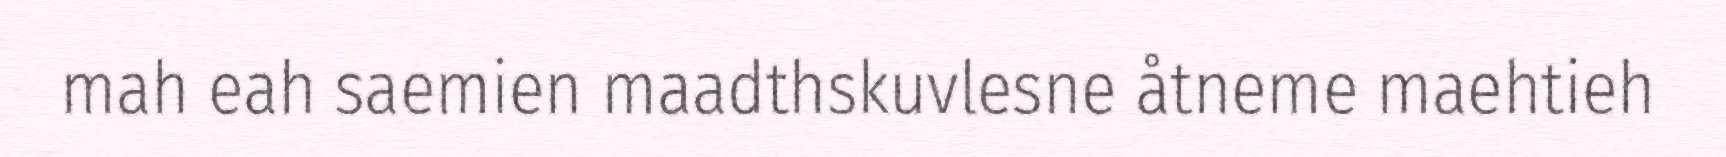
mah eah saemien maadthskuvlesne åtneme maehtieh